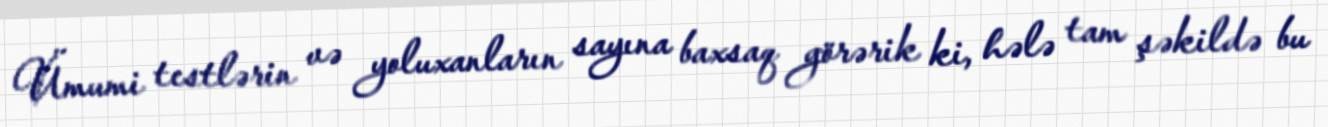
Ümumi testlərin və yoluxanların sayına baxsaq görərik ki, hələ tam şəkildə bu